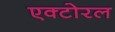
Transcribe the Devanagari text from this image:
एक्टोरल